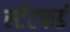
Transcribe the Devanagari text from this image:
स्टॅटफर्ड